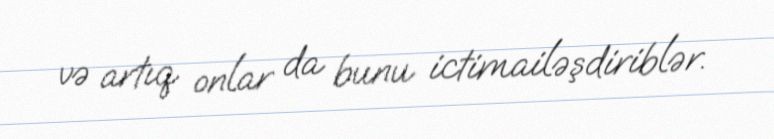
və artıq onlar da bunu ictimailəşdiriblər.